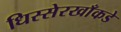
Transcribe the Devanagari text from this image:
धिस्सेरखाँकडे